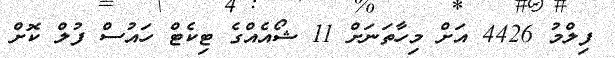
ފިލްމު 4426 އަށް މިހާތަނަށް 11 ޝޯއެއްގެ ޓިކެޓް ހައުސް ފުލް ކޮށް